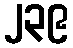
၂၃၉